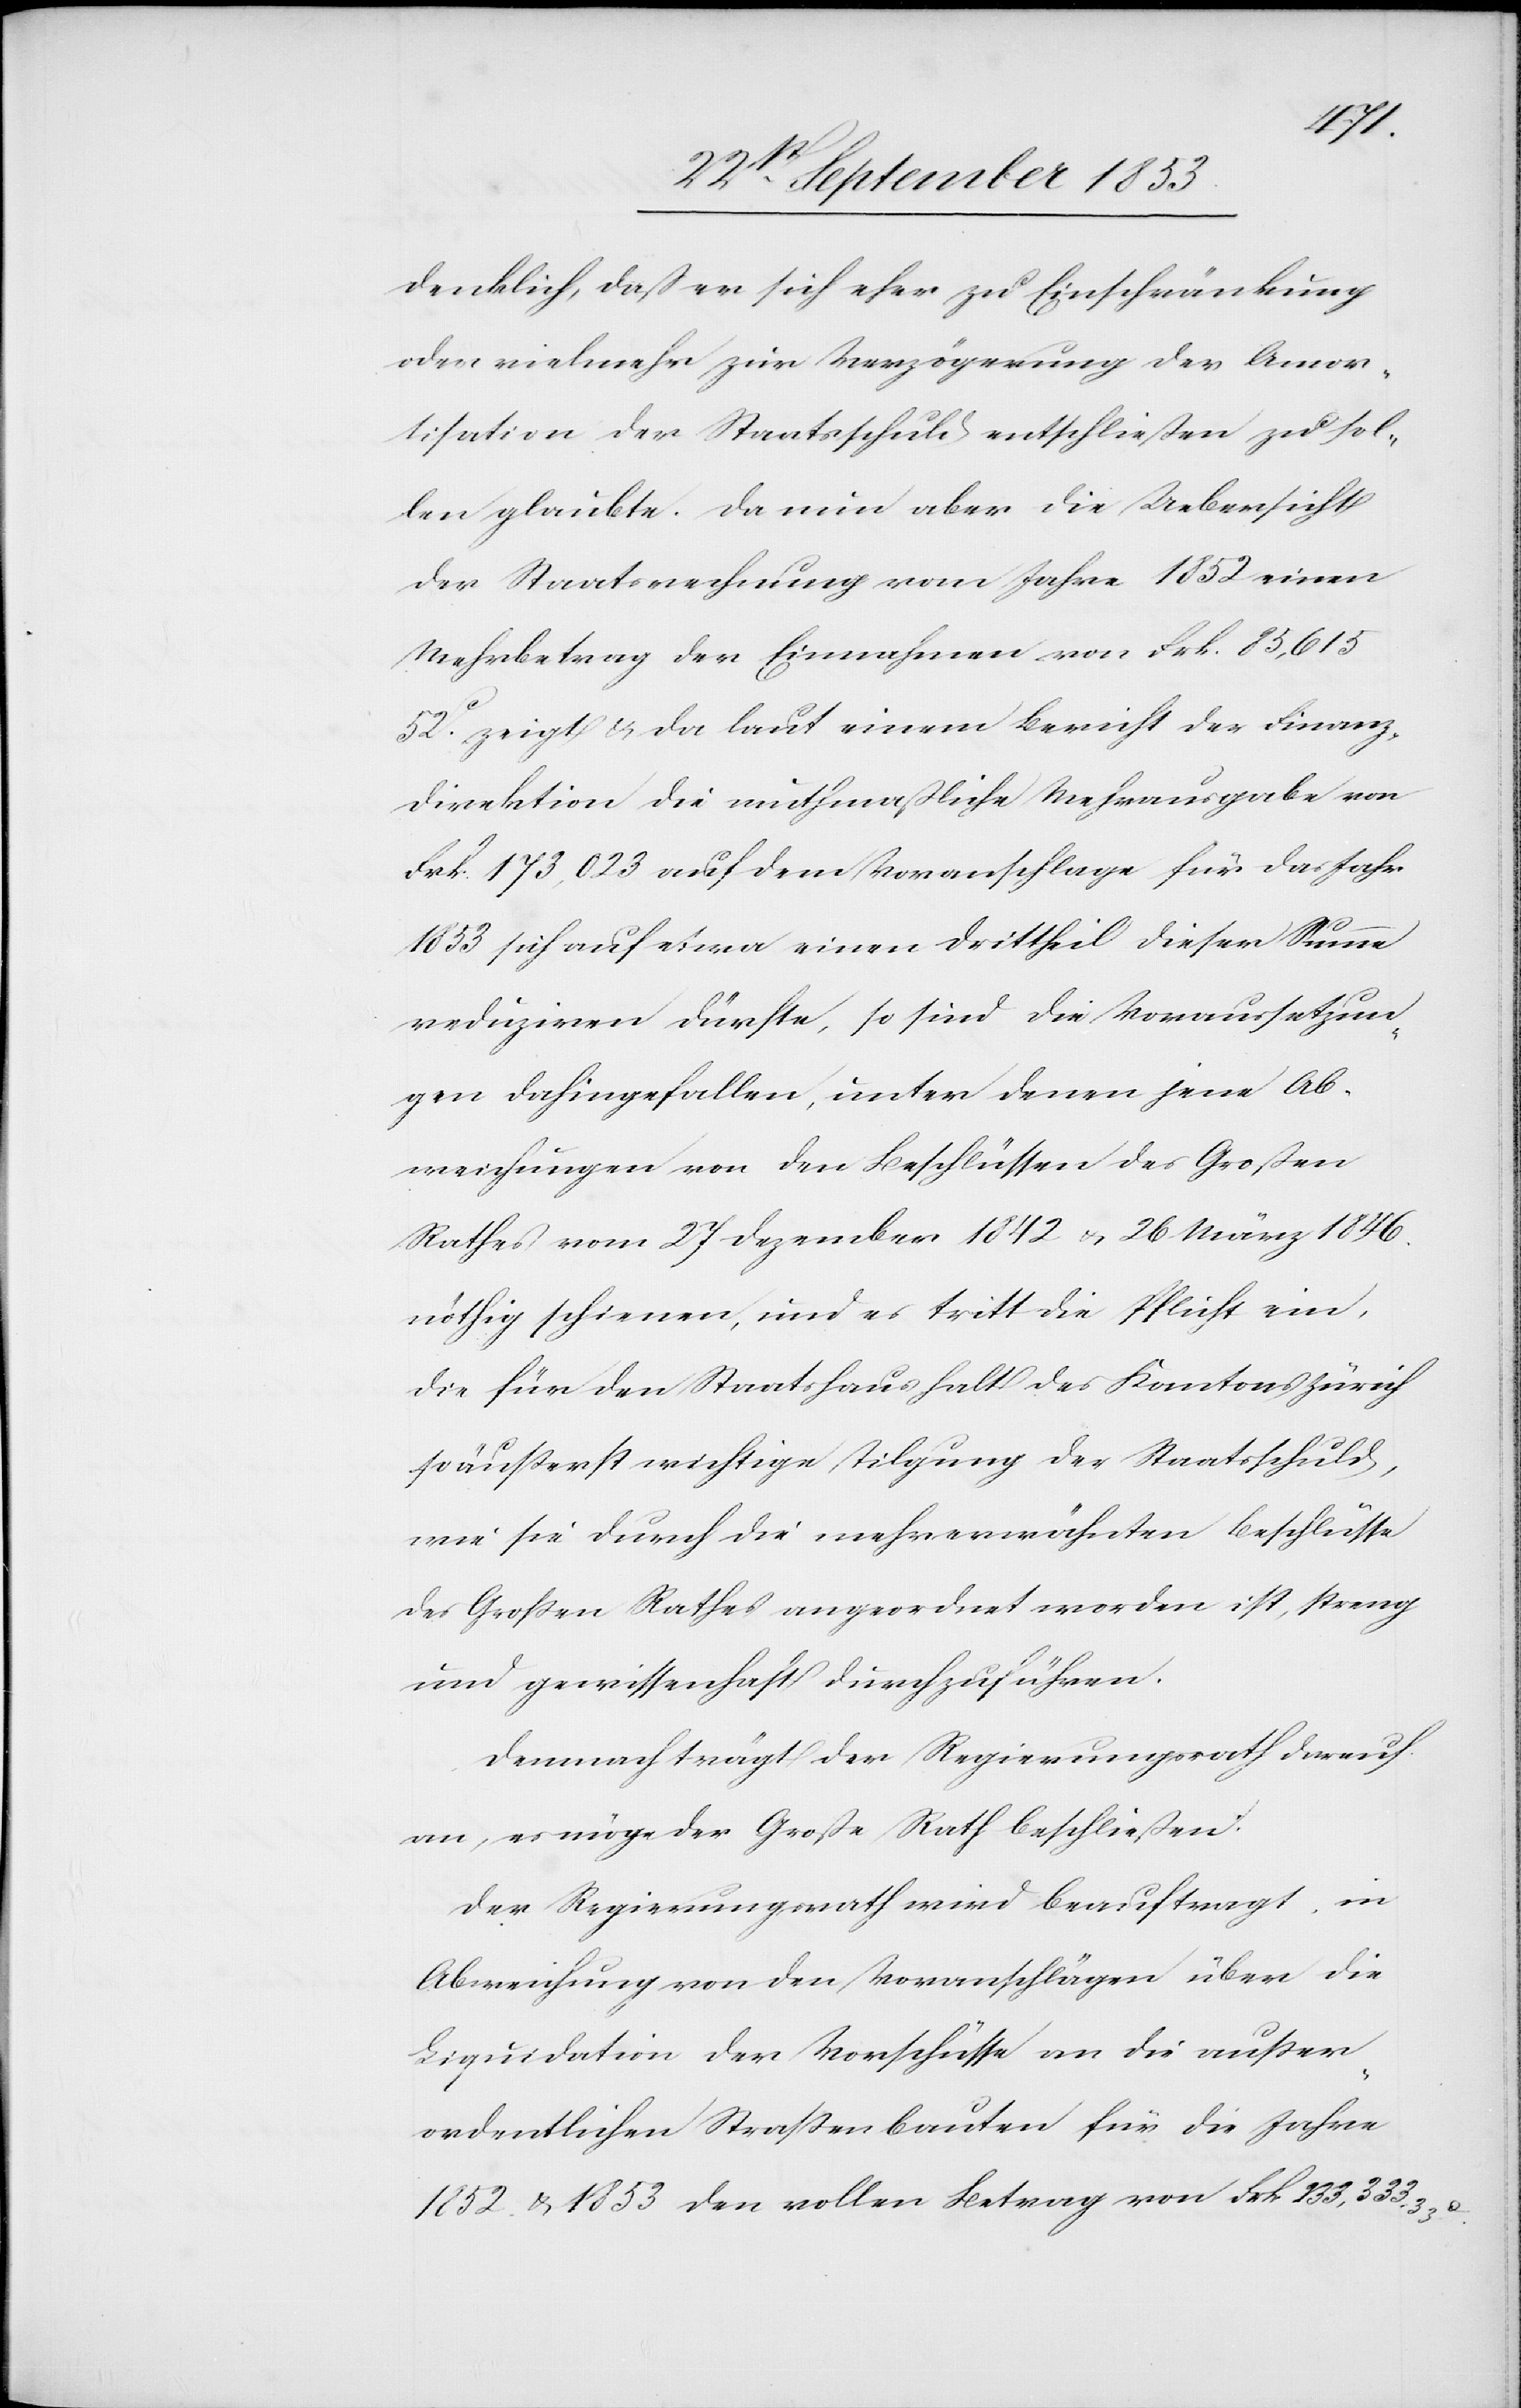
denklich, daß er sich eher zu Einschränkung
oder vielmehr zur Verzögerung der Amor¬
tisation der Staatsschuld entschließen zu sol¬
len glaubte. Da nun aber die Uebersicht
der Staatsrechnung vom Jahre 1852 einen
Mehrbetrag der Einnahmen von Frk. 85,615.
52c zeigt u. da laut einem Bericht der Finanz¬
direktion die muthmaßliche Mehrausgabe von
Frk. 173,023 auf dem Voranschlage für das Jahr
1853 sich auf etwa einen Drittheil dieser Summe
reduziren dürfte, so sind die Vorraussetzun¬
gen dahingefallen, unter denen jene Ab¬
weichungen von den Beschlüssen des Großen
Rathes vom 27 Dezember 1842 u. 26 März 1846
nöthig schienen, und es tritt die Pflicht ein,
die für den Staatshaushalt des Kantons Zürich
so äußerst wichtige Tilgung der Staatsschuld,
wie sie durch die mehrerwähnten Beschlüsse
des Großen Rathes angeordnet worden ist, streng
und gewissenhaft durchzuführen.
Demnach trägt der Regierungsrath darauf
an, es möge der Große Rath beschließen:
Der Regierungsrath wird beauftragt, in
Abweichung von den Voranschlägen über die
Liquidation der Vorschüsse an die außer¬
ordentlichen Straßenbauten für die Jahre
1852 u. 1853 den vollen Betrag von Frk. 233.333.